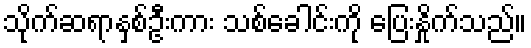
သိုက်ဆရာနှစ်ဦးကား သစ်ခေါင်းကို ပြေးနှိုက်သည်။